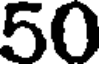
50